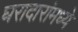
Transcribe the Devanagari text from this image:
घरादारांमध्ये